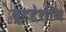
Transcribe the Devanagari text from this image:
बृहद्देशीय